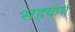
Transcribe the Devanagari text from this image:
सहकंप